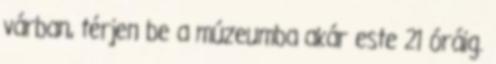
várban, térjen be a múzeumba akár este 21 óráig.